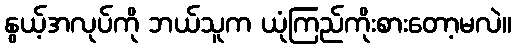
နွယ့်အလုပ်ကို ဘယ်သူက ယုံကြည်ကိုးစားတော့မလဲ။